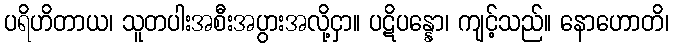
ပရိဟိတာယ၊ သူတပါးအစီးအပွားအလို့ငှာ။ ပဋိပန္နော၊ ကျင့်သည်။ နောဟောတိ၊